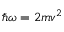
\hbar \omega = 2 m v ^ { 2 }